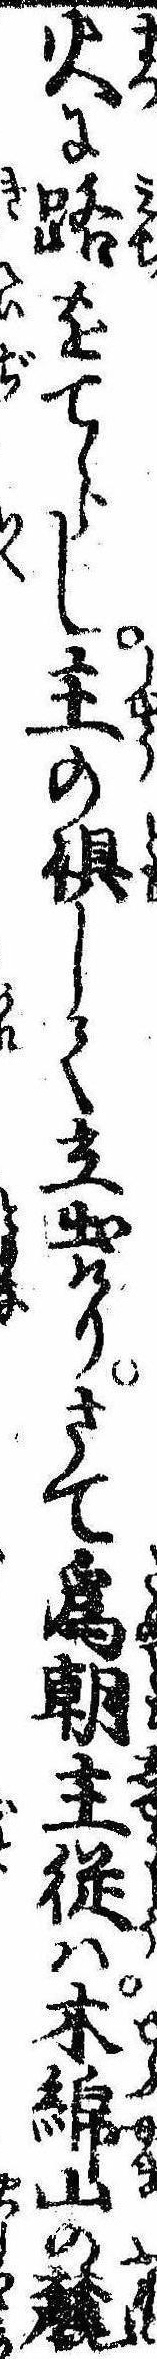
火に路をてらし主の倶して立出けりさて為朝主従は木綿山の麓